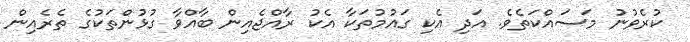
ކުރެވުނު މަސައްކަތެވެ. އަދި އެކި ގައުމުތަކާ އެކު ރާއްޖެއިން ބާއްވާ ގުޅުންތަކުގެ ތެރެއިން